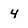
Character: 4